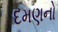
દમણનો